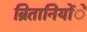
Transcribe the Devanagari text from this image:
ब्रितानियोंें